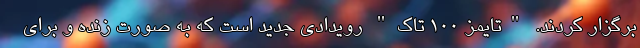
برگزار کردند. "تایمز 100 تاک" رویدادی جدید است که به صورت زنده و برای